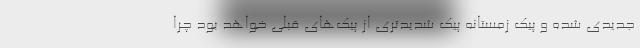
جدیدی شده و پیک زمستانه پیک شدیدتری از پیک‌های قبلی خواهد بود چرا